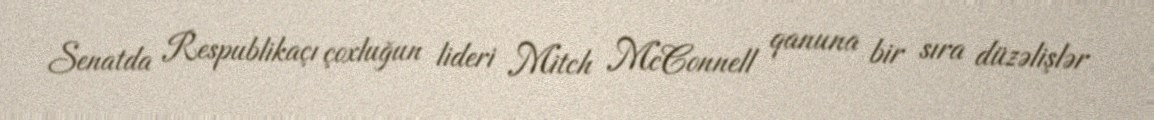
Senatda Respublikaçı çoxluğun lideri Mitch McConnell qanuna bir sıra düzəlişlər